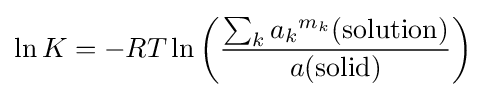
\ln K=-RT\ln \left({\frac {\sum _{k}{a_{k}}^{m_{k}}\mathrm {(solution)} }{a\mathrm {(solid)} }}\right)